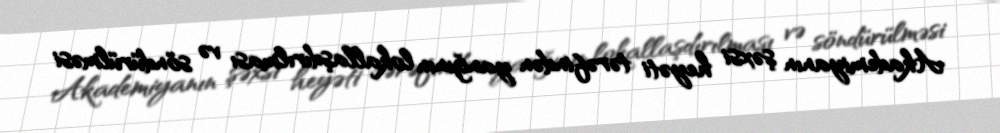
Akademiyanın şəxsi heyəti tərəfindən yanğının lokallaşdırılması və söndürülməsi